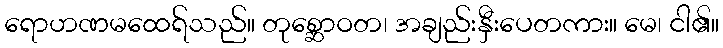
ရောဟဏမထေရ်သည်။ တုစ္ဆောဝတ၊ အချည်းနှီးပေတကား။ မေ၊ ငါ၏။